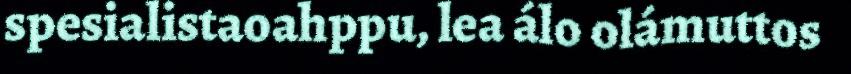
spesialistaoahppu, lea álo olámuttos